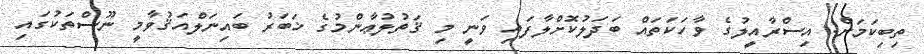
ތިބިކަމަށް. އިސްރާއީލުގެ ވާހަކަތައް ބަދަލުކޮށްލާފައި ވަނީ މި ޤަތުލުޢާންމުގެ ޚަބަރު ބައިނަލްއަޤުވާމީ ނޫސްތަކުގައި